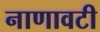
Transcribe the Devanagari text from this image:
नाणावटी